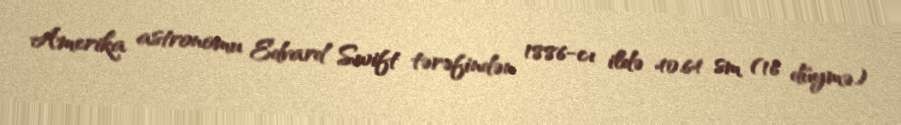
Amerika astronomu Edvard Swift tərəfindən 1886-cı ildə 40.64 sm (16 düymə)